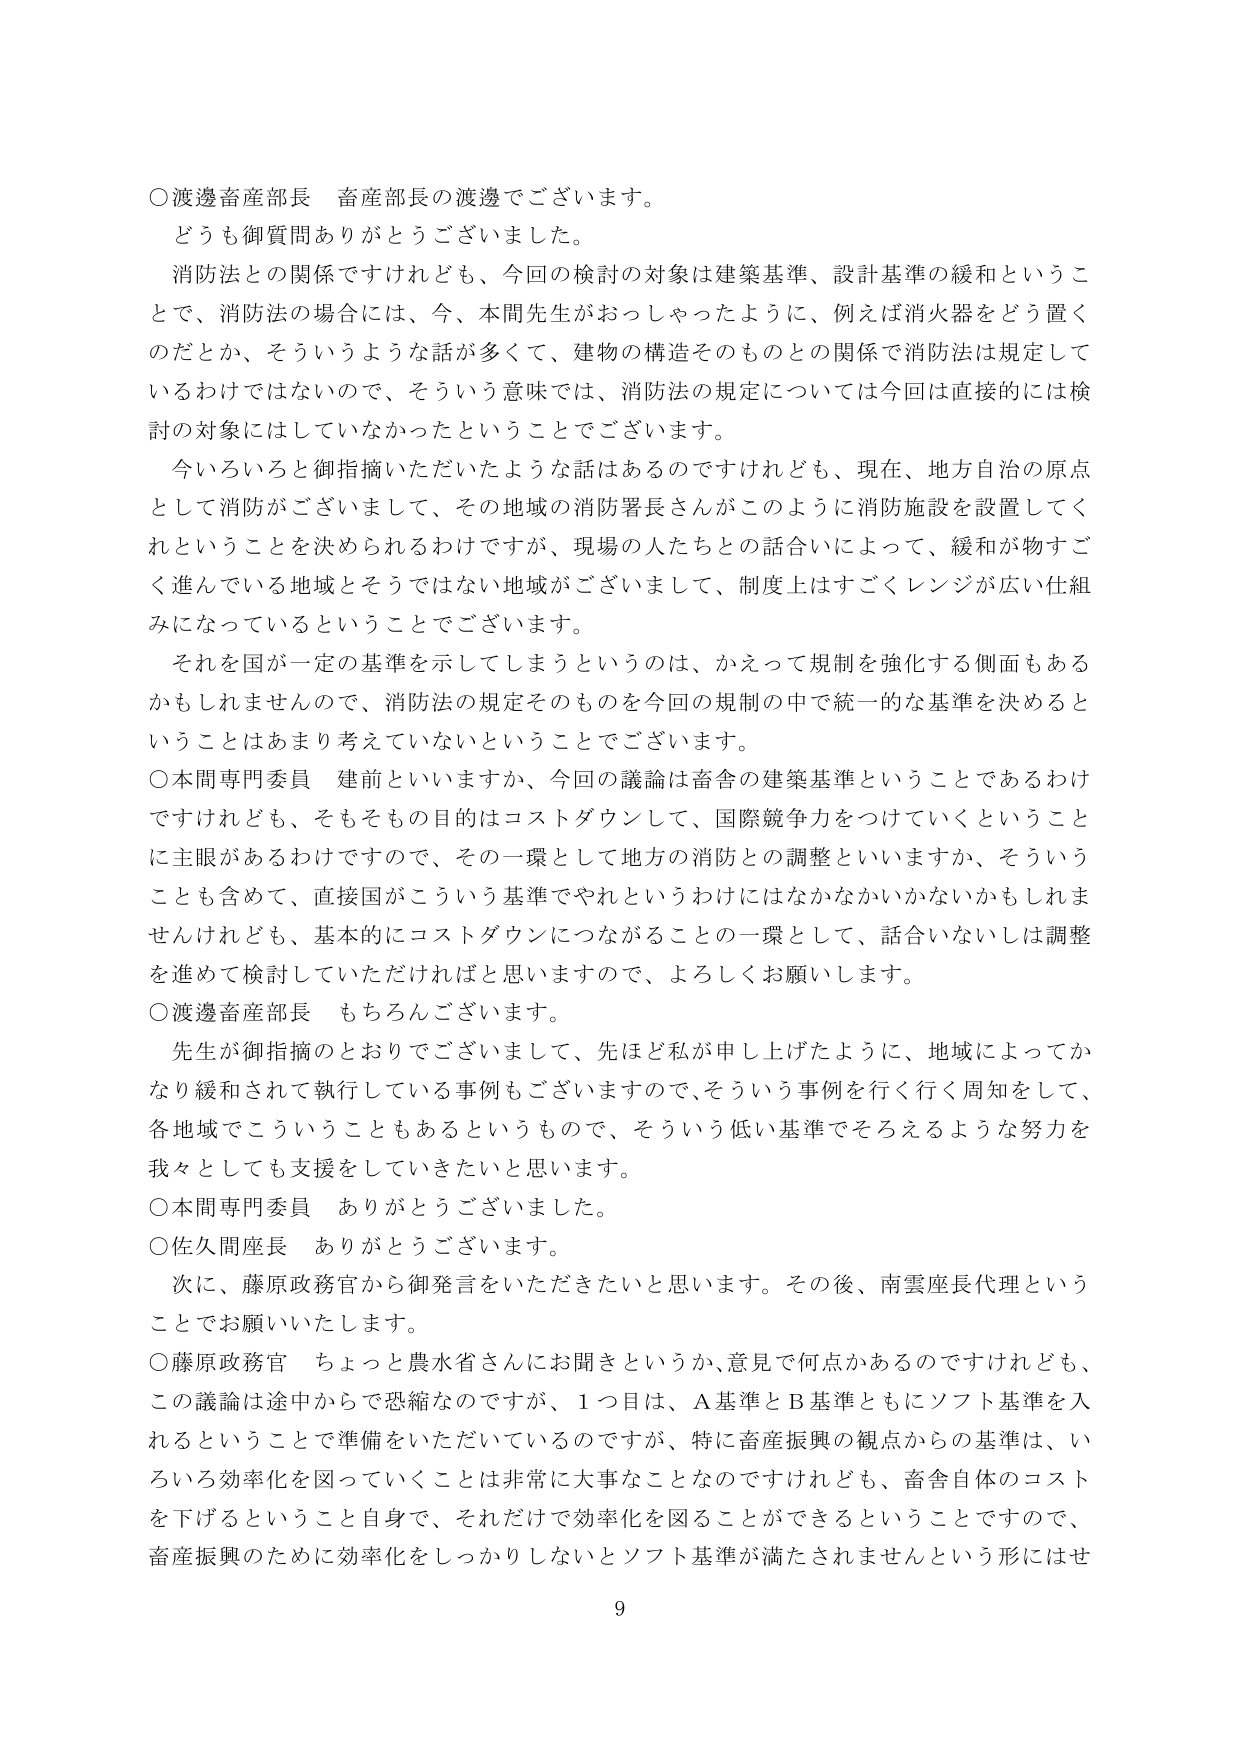
○渡邊畜産部長　畜産部長の渡邊でございます。
どうも御質問ありがとうございました。
消防法との関係ですけれども、今回の検討の対象は建築基準、設計基準の緩和ということで、消防法の場合には、今、本間先生がおっしゃったように、例えば消火器をどう置くのだとか、そういうような話が多くて、建物の構造そのものとの関係で消防法は規定しているわけではないので、そういう意味では、消防法の規定については今回は直接的には検討の対象にはしていなかったということでございます。
今いろいろと御指摘いただいたような話はあるのですけれども、現在、地方自治の原点として消防がございまして、その地域の消防署長さんがこのように消防施設を設置してくれということを決められるわけですが、現場の人たちとの話合いによって、緩和が物すごく進んでいる地域とそうではない地域がございまして、制度上はすごくレンジが広い仕組みになっているということでございます。
それを国が一定の基準を示してしまうというのは、かえって規制を強化する側面もあるかもしれませんので、消防法の規定そのものを今回の規制の中で統一的な基準を決めるということはあまり考えていないということでございます。
○本間専門委員　建前といいますか、今回の議論は畜舎の建築基準ということであるわけですが、そもそも目的はコストダウンして、国際競争力をつけていくということに主眼があるわけですので、その一環として地方の消防との調整といいますか、そういうことも含めて、直接国がこういう基準でやれというわけにはなかなかいかないかもしれませんが、基本的にコストダウンにつながることの一環として、話合いないしは調整を進めて検討していただければと思いますので、よろしくお願いします。
○渡邊畜産部長　もちろんでございます。
先生が御指摘のとおりでございまして、先ほど私が申し上げたように、地域によってかなり緩和されて執行している事例もございますので、そういう事例を行く行く周知をして、各地域でこういうこともあるというもので、そういう低い基準でそろえるような努力を我々としても支援をしていきたいと思います。
○本間専門委員　ありがとうございました。
○佐久間座長　ありがとうございます。
次に、藤原政務官から御発言をいただきたいと思います。その後、南雲座長代理ということでお願いいたします。
○藤原政務官　ちょっと農水省さんにお聞きというか、意見で何点かあるのですけれども、この議論は途中からで恐縮なのですが、1つ目は、A基準とB基準ともにソフト基準を入れるということで準備をいただいているのですが、特に畜産振興の観点からの基準は、いろいろ効率化を図っていくことは非常に大事なことなのですが、畜舎自体のコストを下げるということ自身で、それだけで効率化を図ることができるということで、畜産振興のために効率化をしっかりしないとソフト基準が満たされませんという形にはせ
9